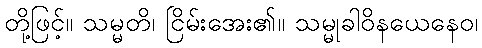
တို့ဖြင့်။ သမ္မတိ၊ ငြိမ်းအေး၏။ သမ္မုခါဝိနယေနေဝ၊